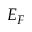
E _ { F }